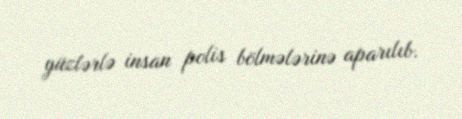
yüzlərlə insan polis bölmələrinə aparılıb.